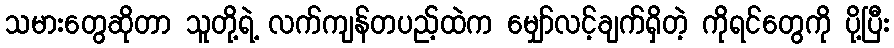
သမားတွေဆိုတာ သူတို့ရဲ့ လက်ကျန်တပည့်ထဲက မျှော်လင့်ချက်ရှိတဲ့ ကိုရင်တွေကို ပို့ပြီး